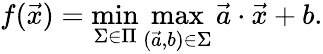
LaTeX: f({\vec{x}})=\operatorname*{min}_{\Sigma\in\Pi}\operatorname*{max}_{({\vec{a}},b)\in\Sigma}{\vec{a}}\cdot{\vec{x}}+b.